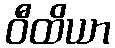
ဝီထိယာ